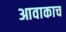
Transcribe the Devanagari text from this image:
आवाकाच